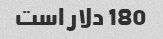
180 دلار است